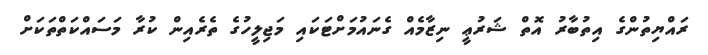
ރައްޔިތުންގެ އިތުބާރު އޮތް ޝަރުޢީ ނިޒާމެއް ގެނައުމަށްޓަކައި މަޖިލީހުގެ ތެރެއިން ކުރާ މަސައްކަތްތަކަށް